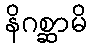
နိဂစ္ဆာမိ